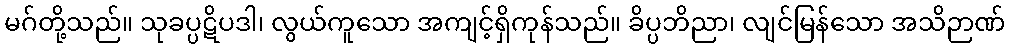
မဂ်တို့သည်။ သုခပ္ပဋိပဒါ၊ လွယ်ကူသော အကျင့်ရှိကုန်သည်။ ခိပ္ပဘိညာ၊ လျင်မြန်သော အသိဉာဏ်